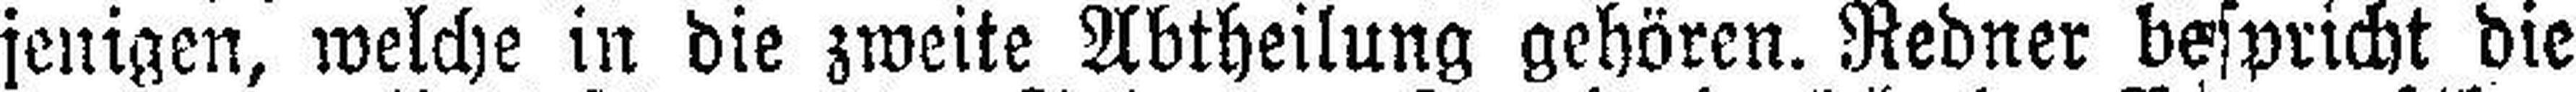
jenigen, welche in die zweite Abtheilung gehören. Redner bespricht die